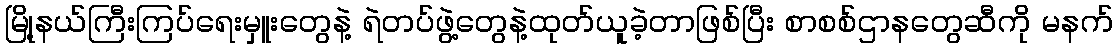
မြို့နယ်ကြီးကြပ်ရေးမှူးတွေနဲ့ ရဲတပ်ဖွဲ့တွေနဲ့ထုတ်ယူခဲ့တာဖြစ်ပြီး စာစစ်ဌာနတွေဆီကို မနက်